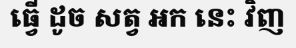
ធ្វើ ដូច សត្វ អក នេះ វិញ